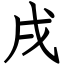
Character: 戌